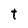
Character: t